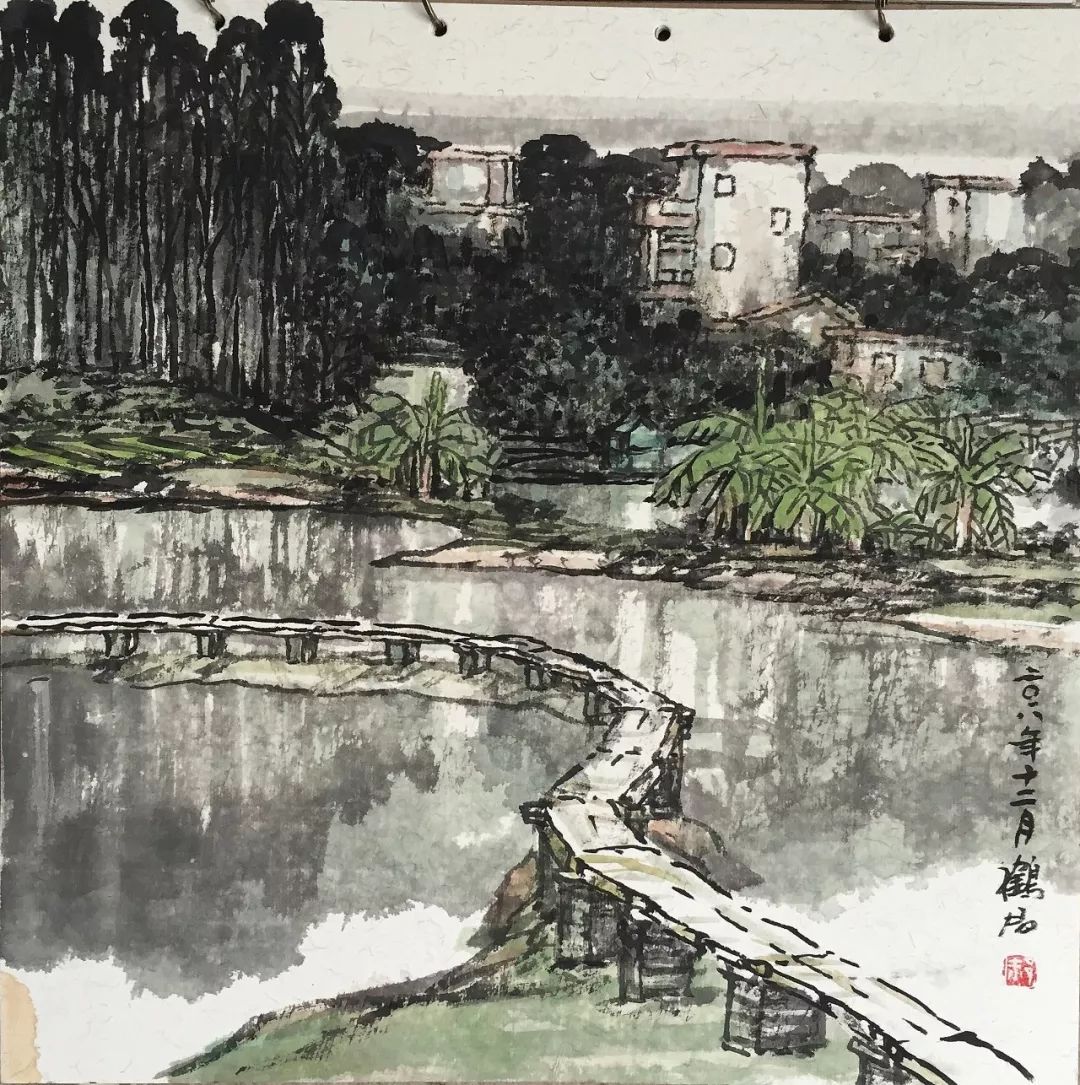
桥北桥南千百树，绿烟金穗映清流。